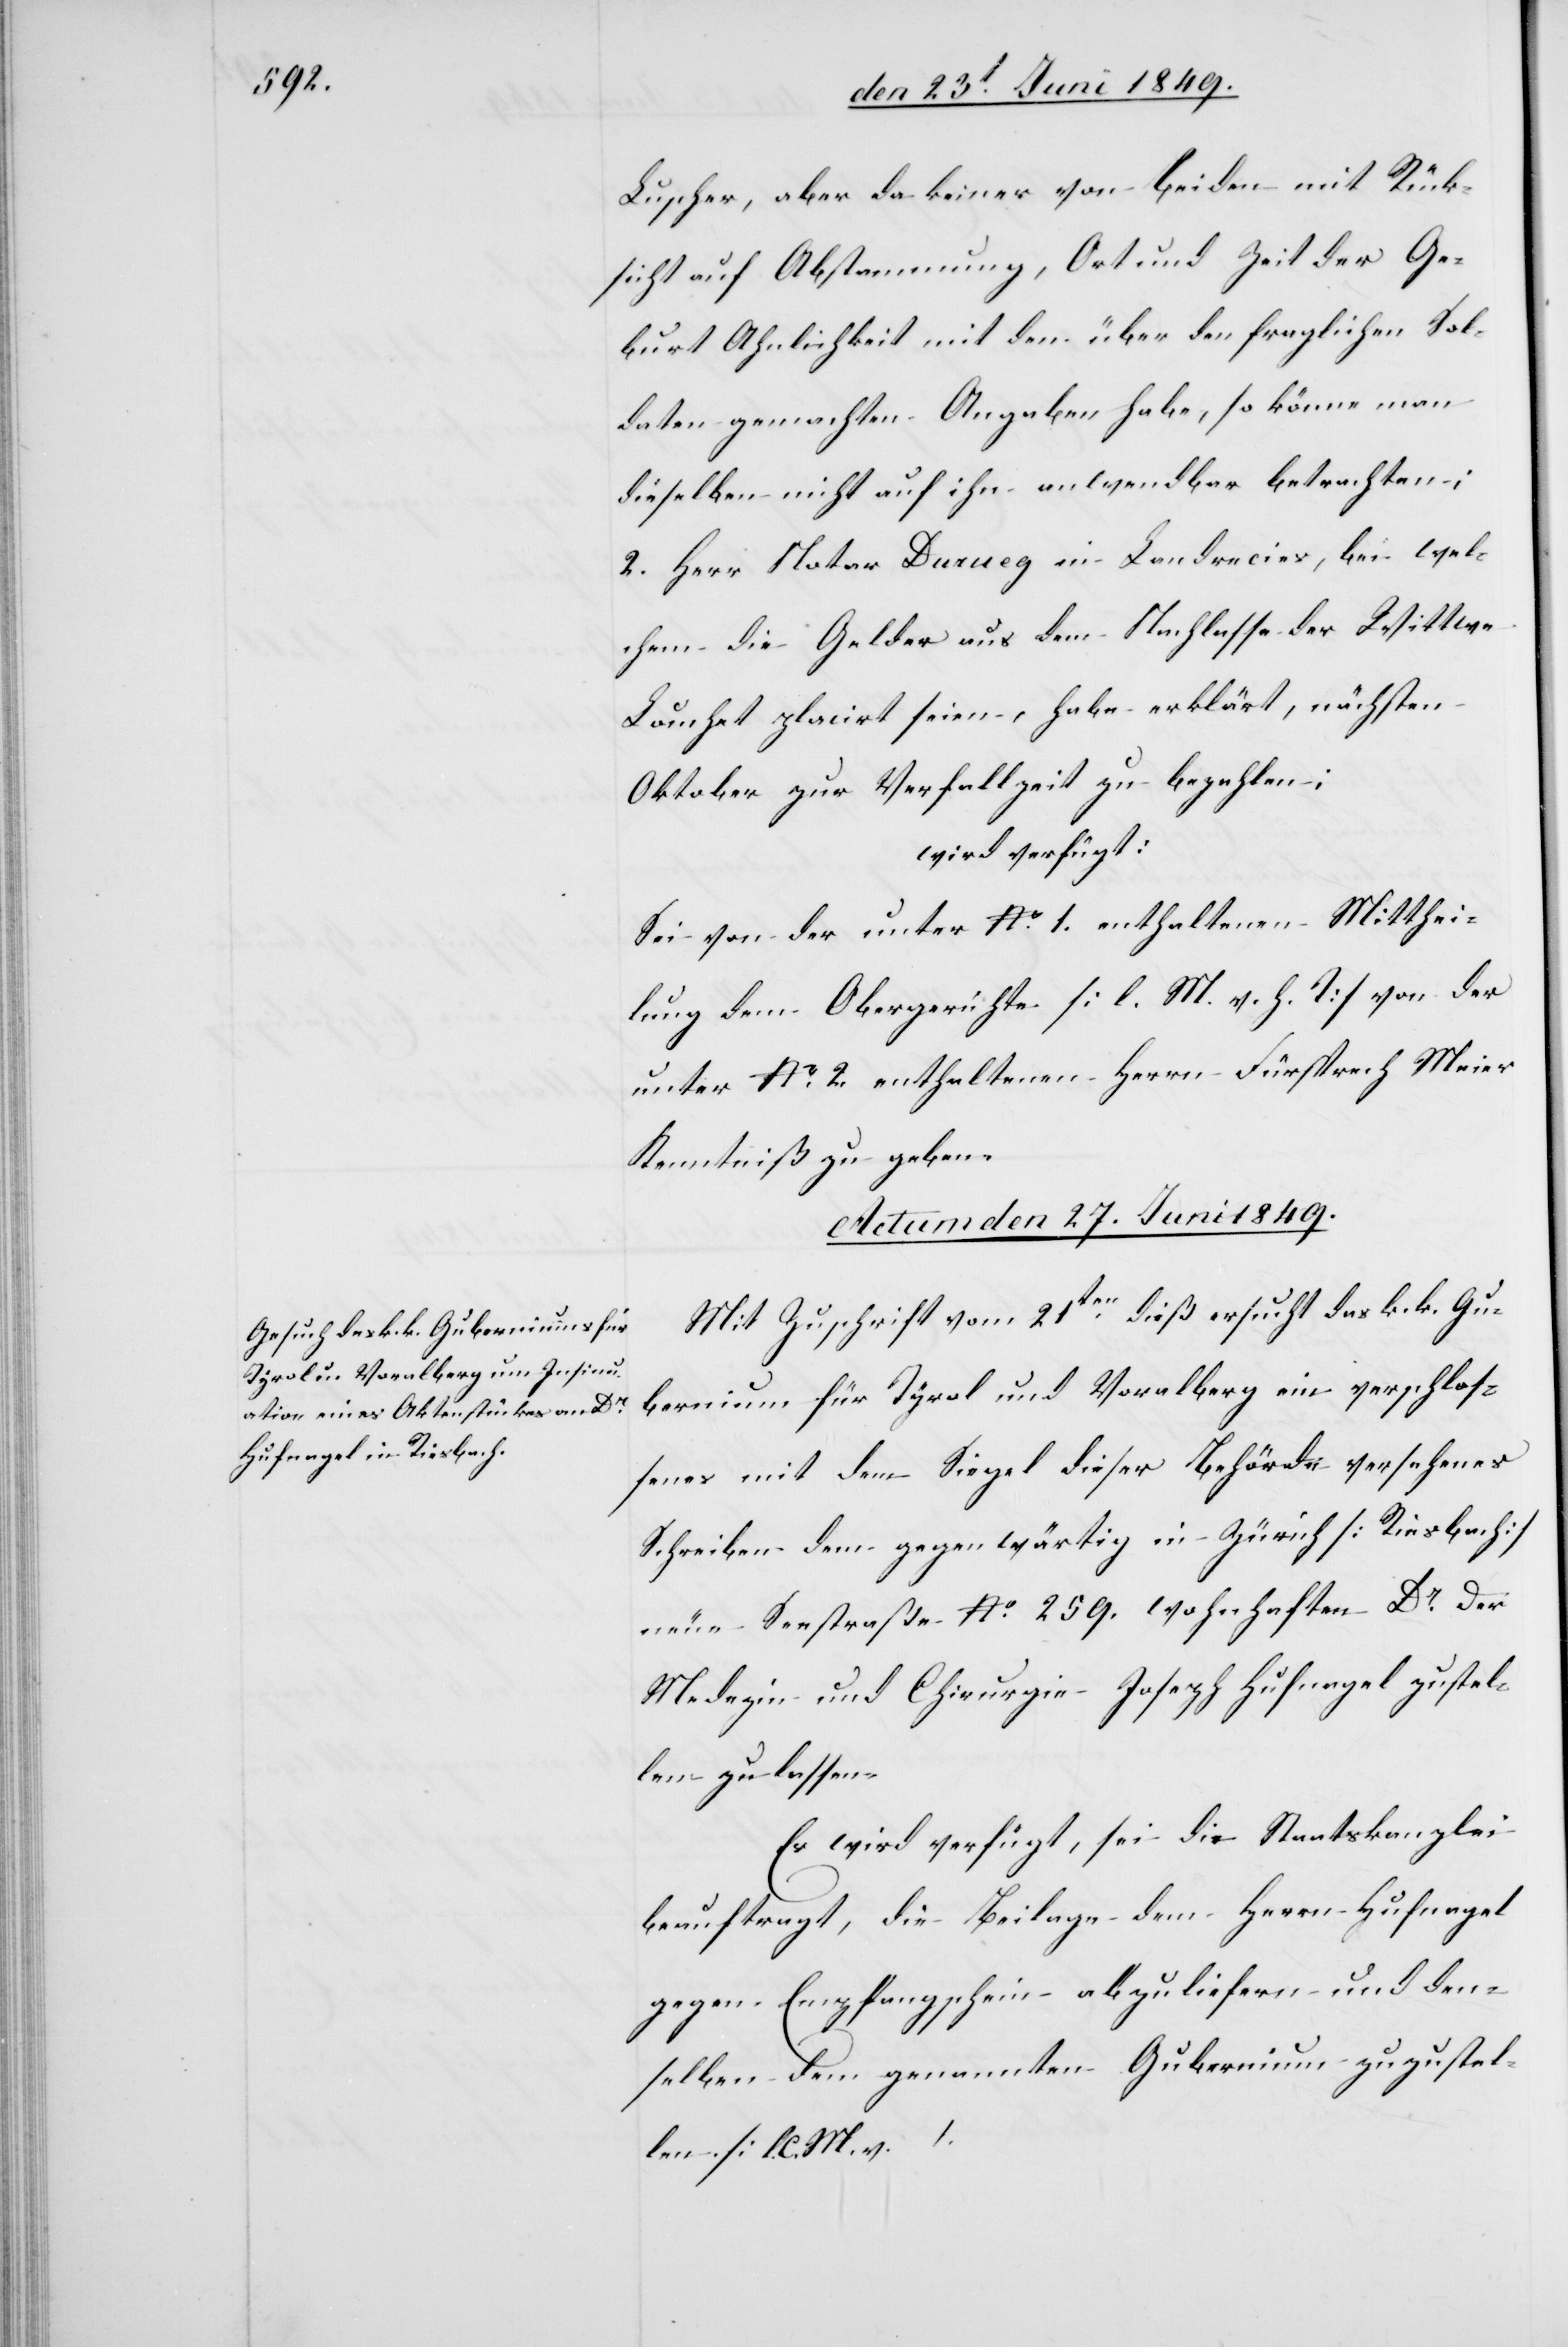
Luscher, aber da keiner von Beiden mit Rück¬
sicht auf Abstammung, Ort und Zeit der Ge¬
burt Ahnlichkeit mit den über den fraglichen Sol¬
daten gemachten Angaben habe, so könne man
dieselben nicht auf ihn anwendbar betrachten;
2. Herr Notar Durneg in Landrecies, bei wel¬
chem die Gelder aus dem Nachlasse der Wittwe
[sic!] placirt seien, habe erklärt, nächsten
Oktober zur Verfallzeit zu bezahlen;
wird verfügt:
Sei von der unter No. 1. enthaltenen Mitthei¬
lung dem Obergerichte [l. M. h. T] von der
unter No. 2. enthaltenen Herrn Fürsprech Meier
Kenntniß zu geben.
Actum den 27. Juni 1849.
Mit Zuschrift vom 21ten dieß ersucht das k. k. Gu¬
bernium für Tyrol und Voralberg ein verschlos¬
senes mit dem Siegel dieser Behörde versehenes
Schreiben dem gegenwärtig in Zürich [Riesbach]
neue Seestraße No 259. wohnhaften Dr der
Medizin und Chirurgie Joseph Hufnagel zustel¬
len zu lassen.
Es wird verfügt, sei die Staatskanzlei
beauftragt, die Beilage dem Herrn Hufnagel
gegen Empfangschein abzuliefern und den¬
selben dem genannten Gubernium zuzustel¬
len [l. C. M. v.